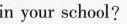
in your school?